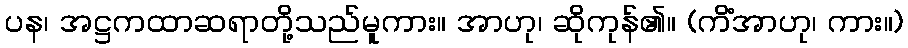
ပန၊ အဋ္ဌကထာဆရာတို့သည်မူကား။ အာဟု၊ ဆိုကုန်၏။ (ကိံအာဟု၊ ကား။)